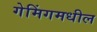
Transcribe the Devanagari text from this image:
गेमिंगमधील